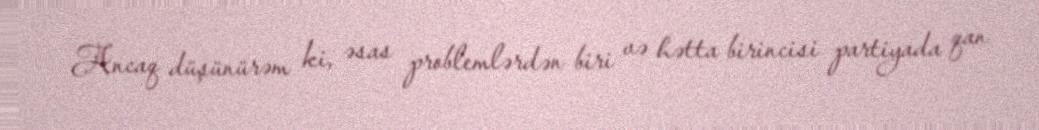
Ancaq düşünürəm ki, əsas problemlərdən biri və hətta birincisi partiyada qan